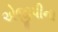
એજીપીના